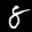
Label: 8